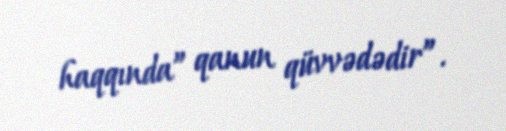
haqqında” qanun qüvvədədir”.